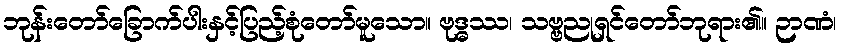
ဘုန်းတော်ခြောက်ပါးနှင့်ပြည့်စုံတော်မူသော။ ဗုဒ္ဓဿ၊ သဗ္ဗညုရှင်တော်ဘုရား၏။ ဉာဏံ၊